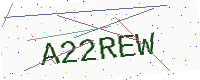
Text: A22REW